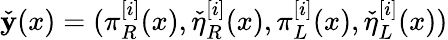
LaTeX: \check{\mathbf{y}}(x)=(\pi_{R}^{[i]}(x),\check{\eta}_{R}^{[i]}(x),\pi_{L}^{[i]}(x),\check{\eta}_{L}^{[i]}(x))